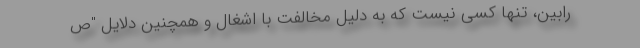
رابین، تنها کسی نیست که به دلیل مخالفت با اشغال و همچنین دلایل "ص